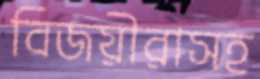
বিজয়ীরাসহ